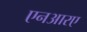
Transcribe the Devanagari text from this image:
एनआरए